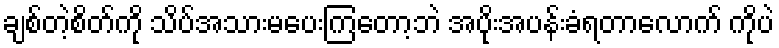
ချစ်တဲ့စိတ်ကို သိပ်အသားမပေးကြတော့ဘဲ အပိုးအပန်းခံရတာလောက် ကိုပဲ